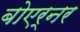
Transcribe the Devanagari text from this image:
बोएर्नर